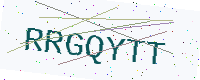
Text: RRGQYTT